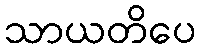
သာယတိပေ